Annual report on the Civil Veterinary Department, Burma (including the Insein Veterinary School) - 1910-1922
Year: 1910
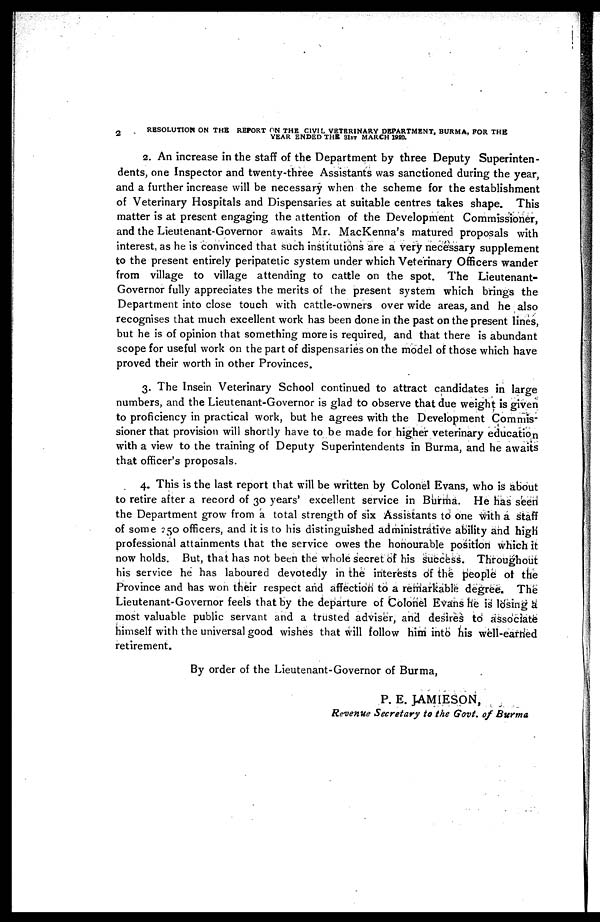
2
RESOLUTION ON THE REPORT ON THE CIVIL VETERINARY DEPARTMENT, BURMA, FOR THE
YEAR ENDED THE 31St MARCH 199a
2. An increase in the staff of the Department by three Deputy Superinten-
dents, one Inspector and twenty-three Assistants was sanctioned during the year,
and a further increase will be necessary when the scheme for the establishment
of Veterinary Hospitals and Dispensaries at suitable centres takes shape. This
matter is at present engaging the attention of the Development Commissioner,
and the Lieutenant-Governor awaits Mr. MacKenna's matured proposals with
interest, as he is convinced that such institutions are a very necessary supplement
to the present entirely peripatetic system under which Veterinary Officers wander
from village to village attending to cattle on the spot. The Lieutenant-
Governor fully appreciates the merits of the present system which brings the
Department into close touch with cattle-owners over wide areas, and he also
recognises that much excellent work has been done in the past on the present lines,
but he is of opinion that something more is required, and that there is abundant
scope for useful work on the part of dispensaries on the model of those which have
proved their worth in other Provinces.
3. The Insein Veterinary School continued to attract candidates in large
numbers, and the Lieutenant-Governor is glad to observe that due weight is given
to proficiency in practical work, but he agrees with the Development Commis-
sioner that provision will shortly have to be made for higher veterinary education
with a view to the training of Deputy Superintendents in Burma, and he awaits
that officer's proposals.
4. This is the last report that will be written by Colonel Evans, who is about
to retire after a record of 30 years' excellent service in Burma. He has seen
the Department grow from a total strength of six Assistants to one with a staff
of some 250 officers, and it is to his distinguished administrative ability and high
professional attainments that the service owes the honourable position which it
now holds. But, that has not been the whole secret of his success. Throughout
his service he has laboured devotedly in the interests of the people of the
Province and has won their respect and affection to a remarkable degree. The
Lieutenant-Governor feels that by the departure of Colonel Evans he is losing a
most valuable public servant and a trusted adviser, and desires to associate
himself with the universal good wishes that will follow him into his well-earned
retirement.
By order of the Lieutenant-Governor of Burma,
P. E. JAMIESON,
Revenue Secretary to the Govt, of Burma